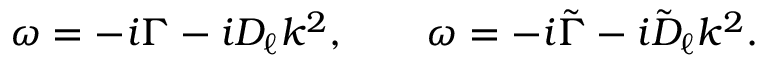
\begin{array} { r } { \omega = - i \Gamma - i D _ { \ell } k ^ { 2 } , \qquad \omega = - i \tilde { \Gamma } - i \tilde { D } _ { \ell } k ^ { 2 } . } \end{array}